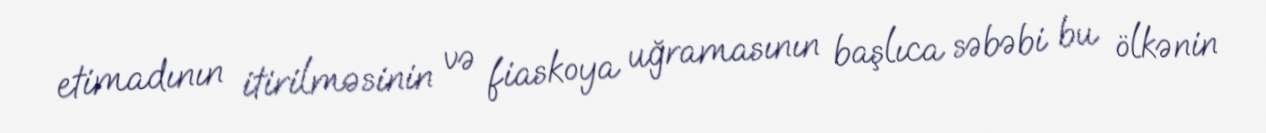
etimadının itirilməsinin və fiaskoya uğramasının başlıca səbəbi bu ölkənin